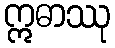
ဣဓာဿု